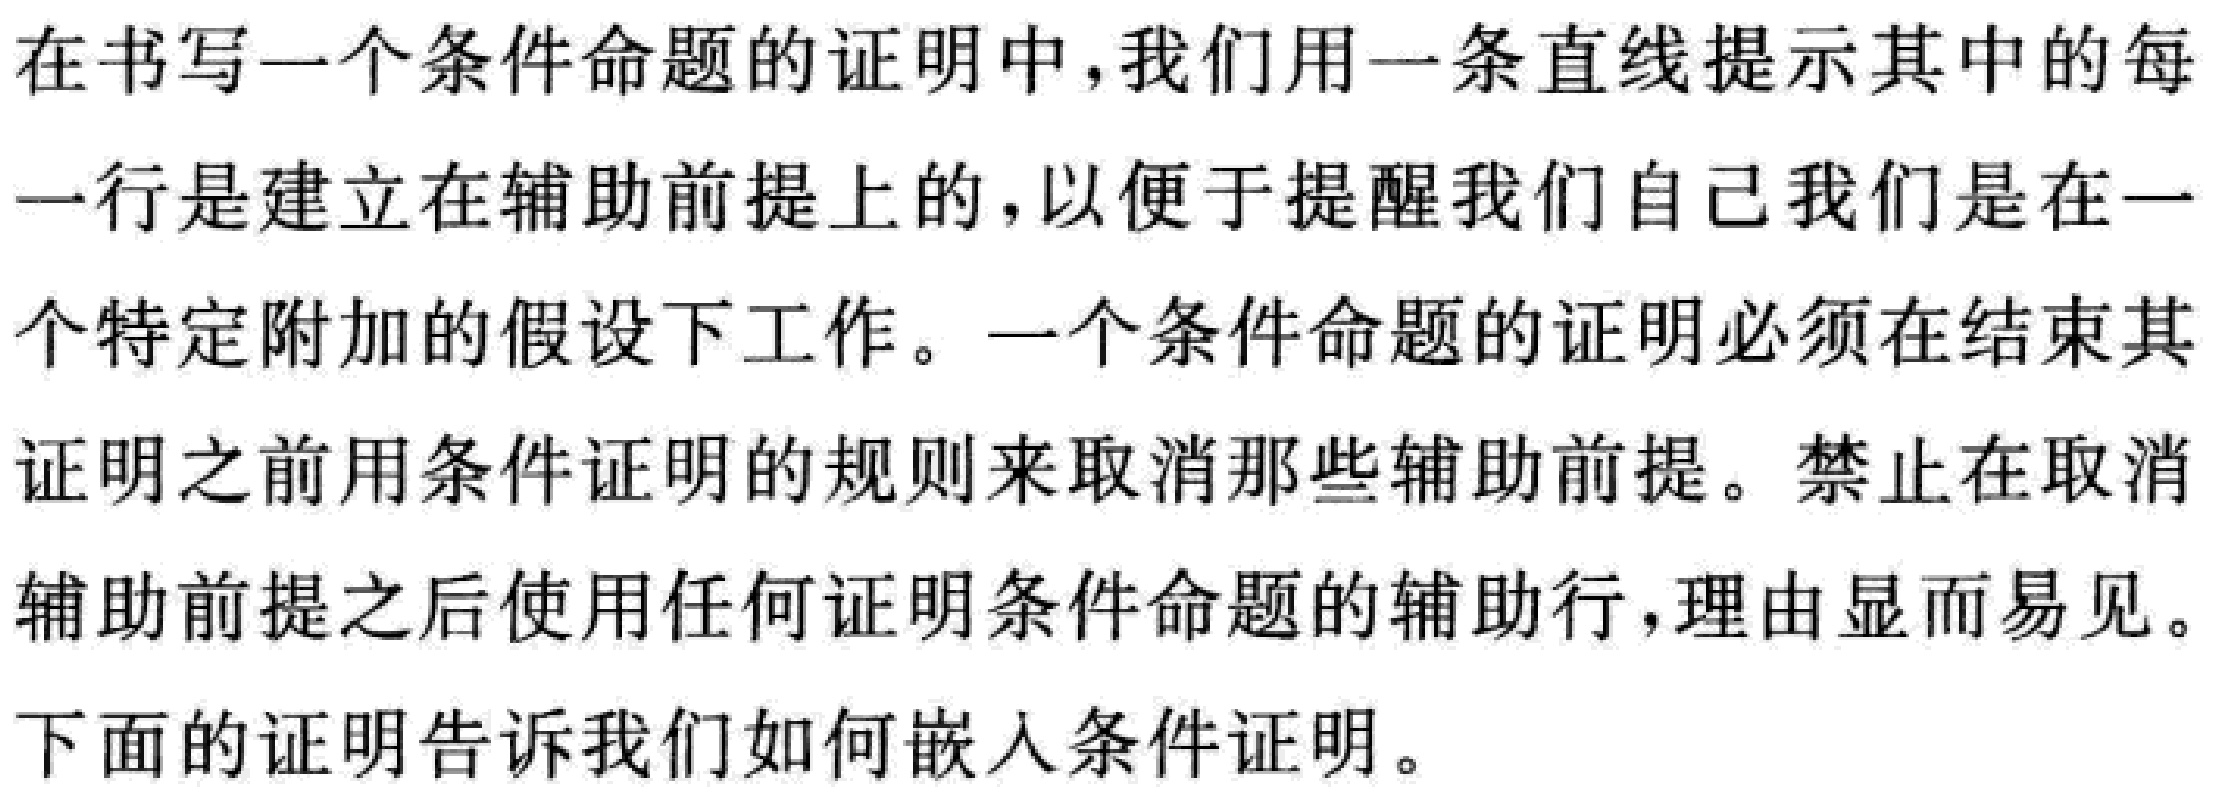
在书写一个条件命题的证明中，我们用一条直线提示其中的每一行是建立在辅助前提上的，以便于提醒我们自己我们是在一个特定附加的假设下工作。一个条件命题的证明必须在结束其证明之前用条件证明的规则来取消那些辅助前提。禁止在取消辅助前提之后使用任何证明条件命题的辅助行，理由显而易见。
下面的证明告诉我们如何嵌入条件证明。